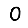
Digit: 0